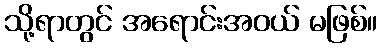
သို့ရာတွင် အရောင်းအဝယ် မဖြစ်။